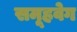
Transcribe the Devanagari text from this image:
समूहवेग